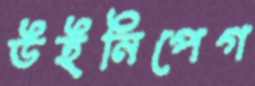
উইনিপেগ